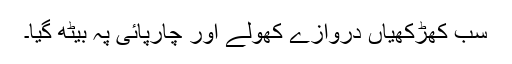
سب کھڑکھیاں دروازے کھولے اور چارپائی پہ بیٹھ گیا۔